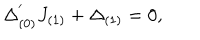
\Delta _ { ( 0 ) } ^ { ' } J _ { ( 1 ) } + \Delta _ { ( 1 ) } = 0 ,